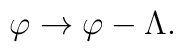
\varphi \rightarrow \varphi - \Lambda .